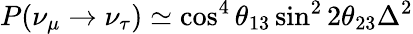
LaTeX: P(\nu_{\mu}\rightarrow\nu_{\tau})\simeq\cos^{4}\theta_{13}\sin^{2}2\theta_{23}\Delta^{2}